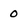
Character: 0